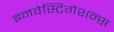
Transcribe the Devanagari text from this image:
इनवेस्टिगेशन्स